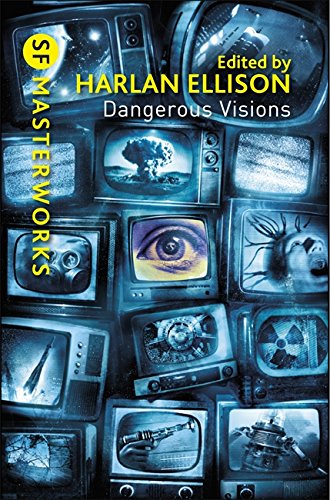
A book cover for Dangerous Visions (SF Masterworks); Science Fiction & Fantasy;